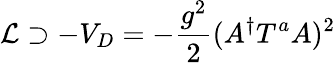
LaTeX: {\cal L}\supset-V_{D}=-\frac{g^{2}}{2}(A^{\dagger}T^{a}A)^{2}